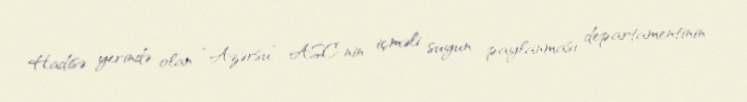
Hadisə yerində olan “Azərsu” ASC-nin içməli suyun paylanması departamentinin